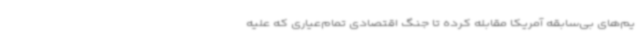
یم‌های بی‌سابقه آمریکا مقابله کرده تا جنگ اقتصادی تمام‌عیاری که علیه